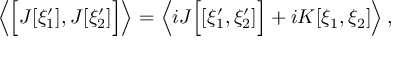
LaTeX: \left\langle \Bigl [ J [ \xi _ { 1 } ^ { \prime } ] , J [ \xi _ { 2 } ^ { \prime } ] \Bigr ] \right\rangle = \left\langle i J \Bigl [ [ \xi _ { 1 } ^ { \prime } , \xi _ { 2 } ^ { \prime } ] \Bigr ] + i K [ \xi _ { 1 } , \xi _ { 2 } ] \right\rangle ,